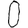
Digit: 0